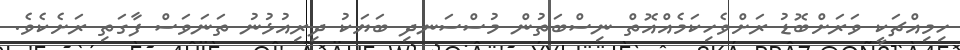
ހިމިއްޗަކީ ވަރަށްބޮޑު ރަށްވެހިކަމެއްއޮތް ނިސްބަތުން މުސްސަނދި ބަޔަކު ދިރިއުޅުނު ތަނަވަސް ފާގަތި ރަށެކެވެ.